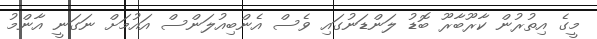
މީގެ އިތުރުން ކާރޫބާރޫ ބޮޑު ލަންޑަނުގައި ވެސް އެންބިއުލަންސް އައުމަށް ނަގަނީ އާންމު